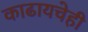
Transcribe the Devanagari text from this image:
काढायचेही